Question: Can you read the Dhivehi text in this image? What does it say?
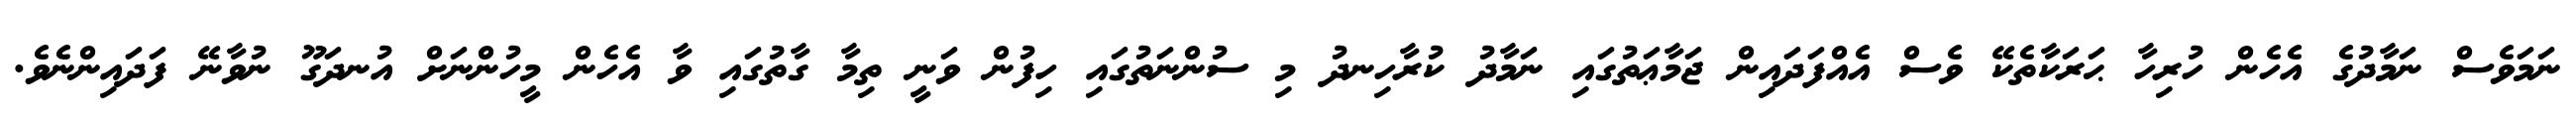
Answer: ނަމަވެސް ނަމާދުގެ އެހެން ހުރިހާ ޙަރަކާތެކޭ ވެސް އެއްފަދައިން ޖަމާޢަތުގައި ނަމާދު ކުރާހިނދު މި ސުންނަތުގައި ހިފުން ވަނީ ތިމާ ގާތުގައި ވާ އެހެން މީހުންނަށް އުނދަގޫ ނުވާނޭ ފަދައިންނެވެ.